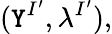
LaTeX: (\mathtt{Y}^{I^{\prime}},\lambda^{I^{\prime}}),